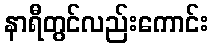
နာရီတွင်လည်းကောင်း